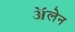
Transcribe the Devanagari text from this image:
ॲलेन